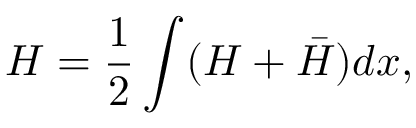
H = \frac { 1 } { 2 } \int ( { \cal H } + \bar { \cal H } ) d x ,